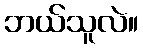
ဘယ်သူလဲ။